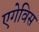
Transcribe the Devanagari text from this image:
एगेविस